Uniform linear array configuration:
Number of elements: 4
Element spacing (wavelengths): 0.75
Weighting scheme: uniform
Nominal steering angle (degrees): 15
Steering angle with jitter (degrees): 14.902
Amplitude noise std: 0.05
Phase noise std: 0.05

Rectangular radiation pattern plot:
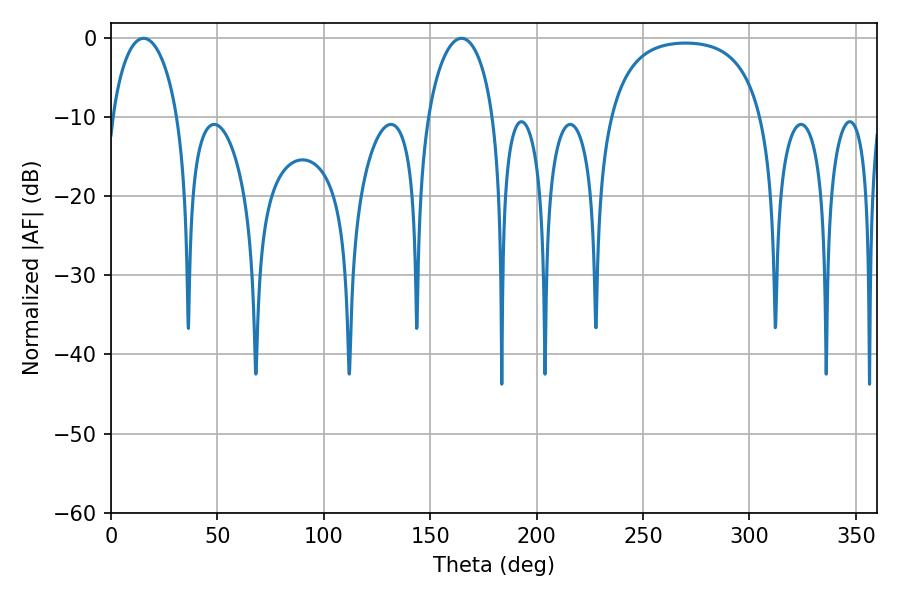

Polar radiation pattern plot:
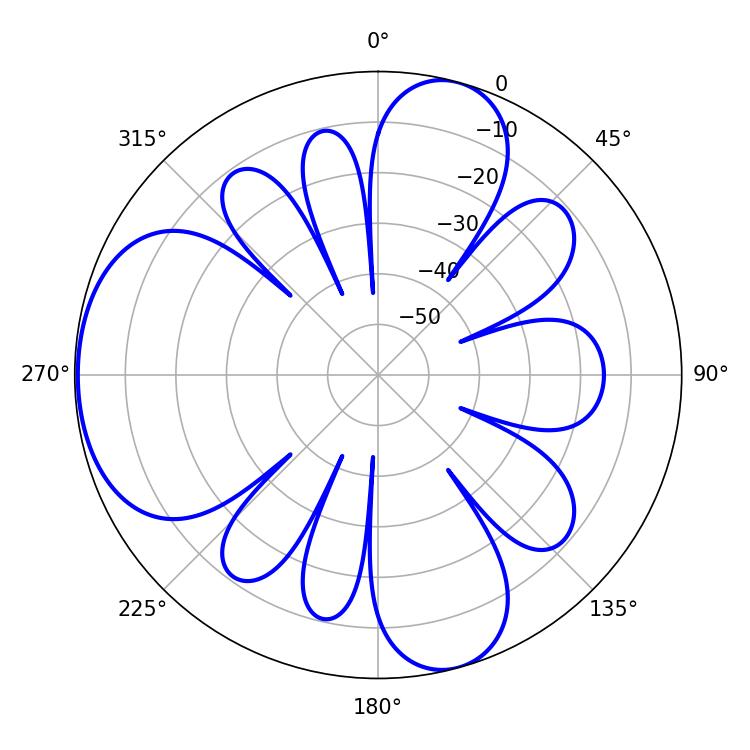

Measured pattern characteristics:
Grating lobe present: TRUE
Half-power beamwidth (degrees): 17.64
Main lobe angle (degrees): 15.3